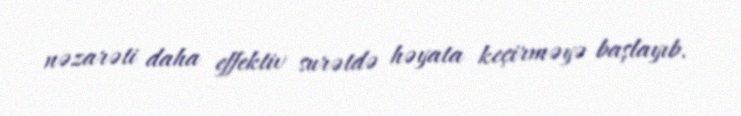
nəzarəti daha effektiv surətdə həyata keçirməyə başlayıb.